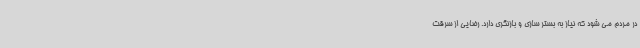
در مردم می شود که نیاز به بستر سازی و بازنگری دارد. رضایی از سرقت